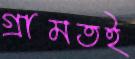
গ্রামতই